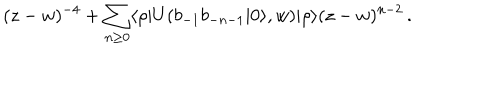
( z - w ) ^ { - 4 } + \sum _ { n \geq 0 } \langle \rho | U ( b _ { - 1 } b _ { - n - 1 } | 0 \rangle , w ) | \rho \rangle ( z - w ) ^ { n - 2 } \, .